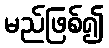
မည်ဖြစ်၍